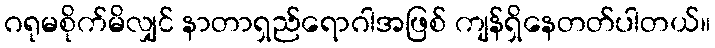
ဂရုမစိုက်မိလျှင် နာတာရှည်ရောဂါအဖြစ် ကျန်ရှိနေတတ်ပါတယ်။